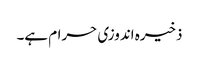
ذخیرہ اندوزی حرام ہے۔